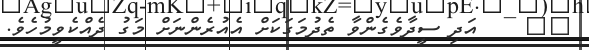
٦٨    އަދި ސީދާވެގެންވާ ތެދުމަގަކަށް އެއުރެންނަށް މަގު ދެއްކެވީމުހެވެ.